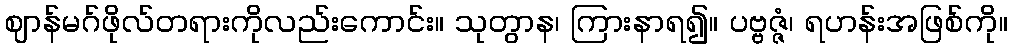
ဈာန်မဂ်ဖိုလ်တရားကိုလည်းကောင်း။ သုတွာန၊ ကြားနာရ၍။ ပဗ္ဗဇ္ဇံ၊ ရဟန်းအဖြစ်ကို။